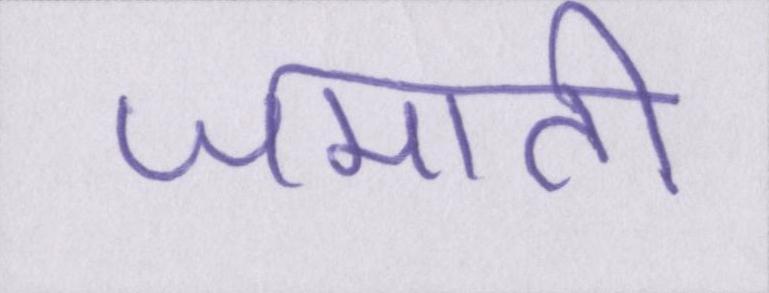
जमाती